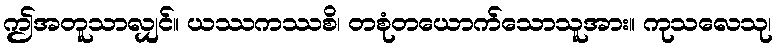
ဤအတူသာလျှင်။ ယဿကဿစိ၊ တစုံတယောက်သောသူအား။ ကုသလေသု၊